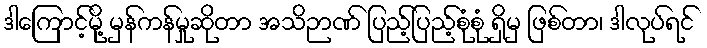
ဒါကြောင့်မို့ မှန်ကန်မှုဆိုတာ အသိဉာဏ် ပြည့်ပြည့်စုံစုံ ရှိမှ ဖြစ်တာ၊ ဒါလုပ်ရင်